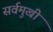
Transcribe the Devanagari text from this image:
सर्वमुखी